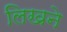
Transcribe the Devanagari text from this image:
लिखने